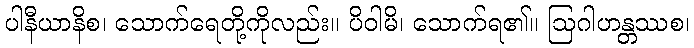
ပါနီယာနိစ၊ သောက်ရေတို့ကိုလည်း။ ပိဝါမိ၊ သောက်ရ၏။ ဩဂါဟန္တဿစ၊